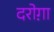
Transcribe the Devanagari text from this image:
दरोग़ा